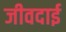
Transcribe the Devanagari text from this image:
जीवदाई